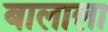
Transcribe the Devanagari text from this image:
बालाला